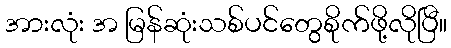
အားလုံး အ မြန်ဆုံးသစ်ပင်တွေစိုက်ဖို့လိုပြီ။